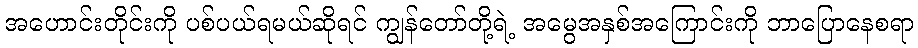
အဟောင်းတိုင်းကို ပစ်ပယ်ရမယ်ဆိုရင် ကျွန်တော်တို့ရဲ့ အမွေအနှစ်အကြောင်းကို ဘာပြောနေစရာ